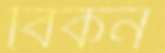
বিকন